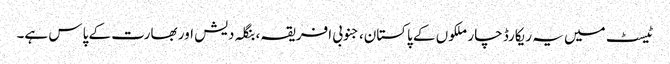
ٹیسٹ میں یہ ریکارڈ چار ملکوں کے پاکستان، جنوبی افریقہ، بنگلہ دیش اور بھارت کے پاس ہے۔